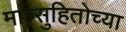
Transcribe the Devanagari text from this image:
मात्सुहितोच्या